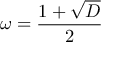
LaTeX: \omega = { \frac { 1 + { \sqrt { D } } } { 2 } }